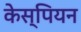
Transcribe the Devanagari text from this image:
केस्पियन